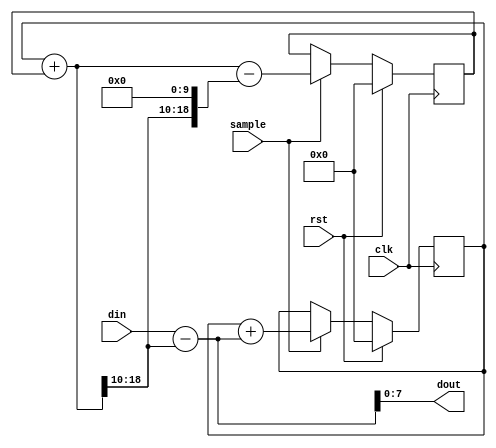
/*  This file is part of JT49.

    JT49 is free software: you can redistribute it and/or modify
    it under the terms of the GNU General Public License as published by
    the Free Software Foundation, either version 3 of the License, or
    (at your option) any later version.

    JT49 is distributed in the hope that it will be useful,
    but WITHOUT ANY WARRANTY; without even the implied warranty of
    MERCHANTABILITY or FITNESS FOR A PARTICULAR PURPOSE.  See the
    GNU General Public License for more details.

    You should have received a copy of the GNU General Public License
    along with JT49.  If not, see <http://www.gnu.org/licenses/>.

    Author: Jose Tejada Gomez. Twitter: @topapate
    Version: 1.0
    Date: 25-11-2020

    */

// This is pretty much a copy of jt49_dcrm2

// DC removal filter
// input is unsigned
// output is signed

module jtframe_dcrm #(parameter
    SW           = 8,
    SIGNED_INPUT = 0
)(
    input                   rst,
    input                   clk,
    input                   sample,
    input         [SW-1:0]  din,
    output signed [SW-1:0]  dout
);

localparam DW=10; // width of the decimal portion

reg  signed [SW+DW:0] integ, exact, error;
//reg  signed [2*(9+DW)-1:0] mult;
// wire signed [SW+DW:0] plus1 = { {SW+DW{1'b0}},1'b1};
reg  signed [SW:0] pre_dout;
// reg signed [SW+DW:0] dout_ext;
reg signed [SW:0] q;

always @(*) begin
    exact = integ+error;
    q = exact[SW+DW:DW];
    pre_dout  = { SIGNED_INPUT ? din[SW-1] : 1'b0, din } - q;
    //dout_ext = { pre_dout, {DW{1'b0}} };
    //mult  = dout_ext;
end

assign dout = pre_dout[SW-1:0];

always @(posedge clk)
    if( rst ) begin
        integ <= {SW+DW+1{1'b0}};
        error <= {SW+DW+1{1'b0}};
    end else if( sample    ) begin
        /* verilator lint_off WIDTH */
        integ <= integ + pre_dout; //mult[SW+DW*2:DW];
        /* verilator lint_on WIDTH */
        error <= exact-{q, {DW{1'b0}}};
    end

endmodule